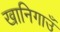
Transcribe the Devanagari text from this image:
खानिगाउँ